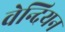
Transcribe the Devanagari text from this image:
वेन्दियन